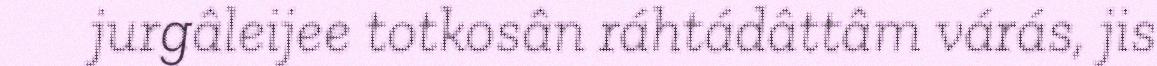
jurgâleijee totkosân ráhtádâttâm várás, jis